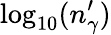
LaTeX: \log_{10}(n_{\gamma}^{\prime})